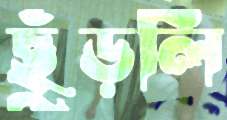
ছুঁড়লি